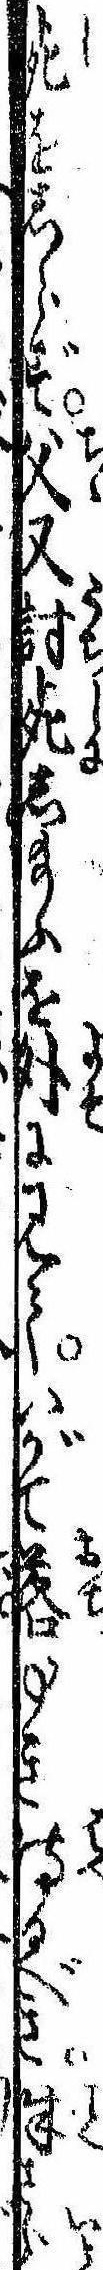
死をしらず父又討死し給ふを外に見ていがて落ゆき侍るき殊さら